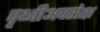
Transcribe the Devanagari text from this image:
पृथ्वीअपरोक्ष